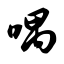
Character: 喁